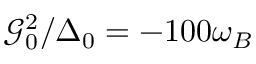
\mathcal { G } _ { 0 } ^ { 2 } / \Delta _ { 0 } = - 1 0 0 \omega _ { B }